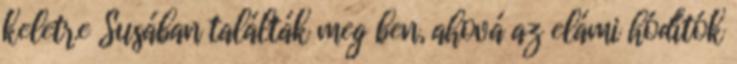
keletre Susában találták meg ben, ahová az elámi hódítók